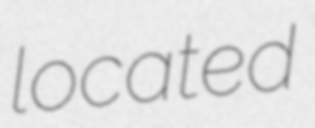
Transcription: located